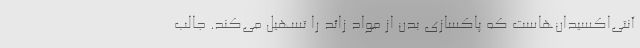
آنتی‌اکسیدان‌هاست که پاکسازی بدن از مواد زائد را تسهیل می‌کند. جالب